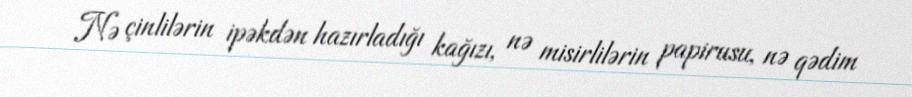
Nə çinlilərin ipəkdən hazırladığı kağızı, nə misirlilərin papirusu, nə qədim